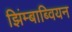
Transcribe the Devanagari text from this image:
झिंम्बाब्वियन